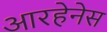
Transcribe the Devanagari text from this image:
आरहेनेस